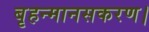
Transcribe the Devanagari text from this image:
बृहन्मानसकरण।